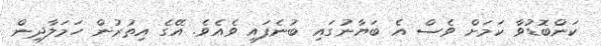
ކަންބޮޑުވާ ކަމަށް ވެސް އެ ބަޔާނުގައި ބުނެފައި ވެއެވެ. އޭގެ އިތުރުން ހަމަލާދިން